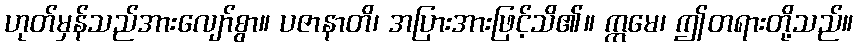
ဟုတ်မှန်သည်အားလျော်စွာ။ ပဇာနာတိ၊ အပြားအားဖြင့်သိ၏။ ဣမေ၊ ဤတရားတို့သည်။